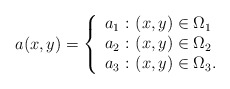
\begin{align*}a(x,y) = \left\{ \begin{array}{c @{ \ : \ }l} a_1 & (x,y) \in \Omega_{1} \\ a_2 & (x,y) \in \Omega_2 \\ a_3 & (x,y) \in \Omega_3. \end{array} \right.\end{align*}